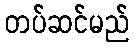
တပ်ဆင်မည်